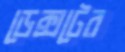
ডেক্সটের